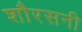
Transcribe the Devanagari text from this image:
शौरसनी